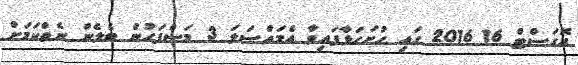
އޮގަސްޓް 16 2016 ގައި ހުށަހަޅާފައިވާ އެމައްސަލަ 3 މަސްފަހުން ބެލެން ނެތްކަމަށް